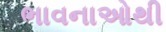
ભાવનાઓથી